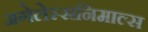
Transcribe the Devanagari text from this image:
अगेलेस्सनिमाल्स